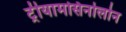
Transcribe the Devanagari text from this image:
ट्रीयामसिनोलोन